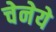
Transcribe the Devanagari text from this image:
चेनेये